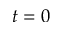
t = 0